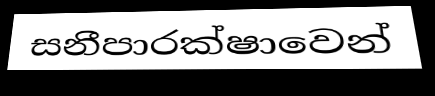
සනීපාරක්ෂාවෙන්